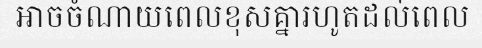
អាចចំណាយពេលខុសគ្នារហូតដល់ពេល